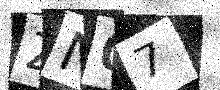
Text: ZN07